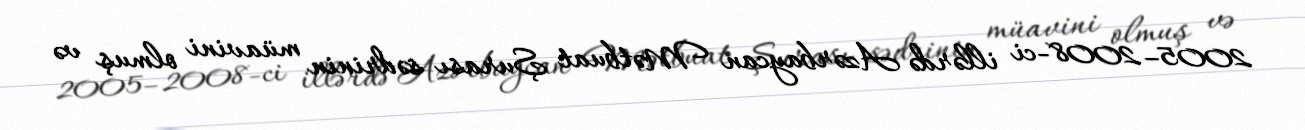
2005–2008-ci illərdə Azərbaycan Mətbuat Şurası sədrinin müavini olmuş və